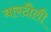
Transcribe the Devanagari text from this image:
बारदौली